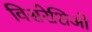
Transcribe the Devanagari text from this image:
विसरेशिओ